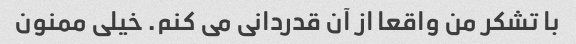
با تشکر من واقعا از آن قدردانی می کنم. خیلی ممنون